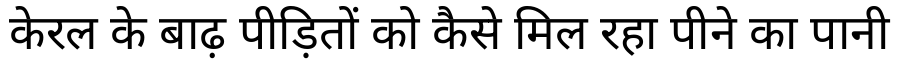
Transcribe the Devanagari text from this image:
केरल के बाढ़ पीड़ितों को कैसे मिल रहा पीने का पानी